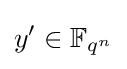
y'\in \mathbb {F} _{q^{n}}